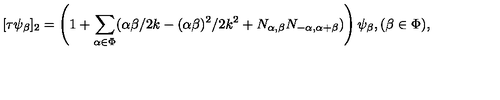
[ \tau \psi _ { \beta } ] _ { 2 } = \left( 1 + \sum _ { \alpha \in \Phi } ( \alpha \beta / 2 k - ( \alpha \beta ) ^ { 2 } / 2 k ^ { 2 } + N _ { \alpha , \beta } N _ { - \alpha , \alpha + \beta } ) \right) \psi _ { \beta } , ( \beta \in \Phi ) ,